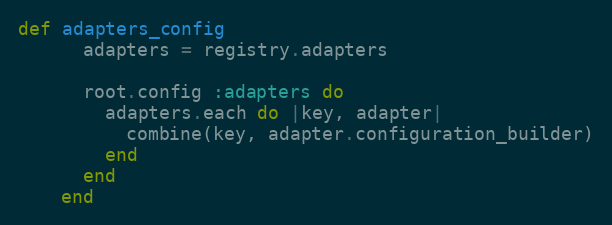
Language: Ruby
def adapters_config
      adapters = registry.adapters

      root.config :adapters do
        adapters.each do |key, adapter|
          combine(key, adapter.configuration_builder)
        end
      end
    end